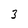
Character: 3